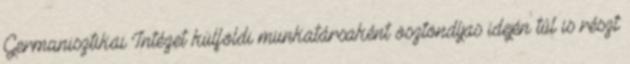
Germanisztikai Intézet külföldi munkatársaként ösztöndíjas idején túl is részt